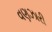
વણઝારી